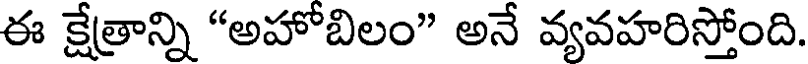
ఈ క్షేత్రాన్ని "అహోబిలం" అనే వ్యవహరిస్తోంది.